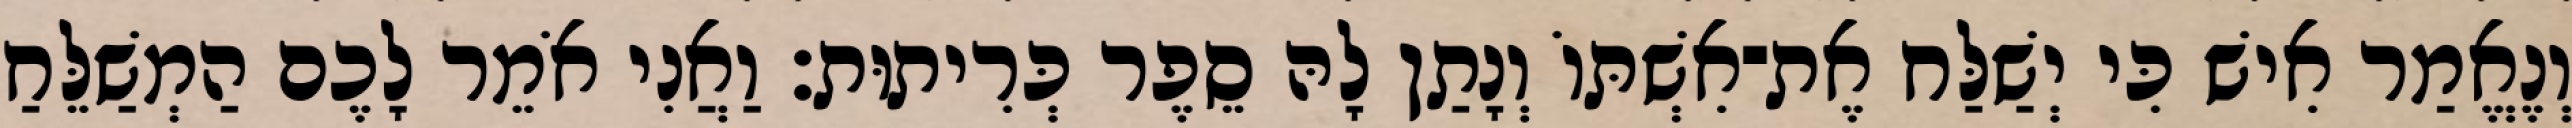
וְנֶאֱמַר אִישׁ כִּי יְשַׁלַּח אֶת־אִשְׁתּוֹ וְנָתַן לָהּ סֵפֶר כְּרִיתוּת׃ וַאֲנִי אֹמֵר לָכֶם הַמְשַׁלֵּחַ